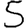
Digit: 5